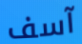
آسف